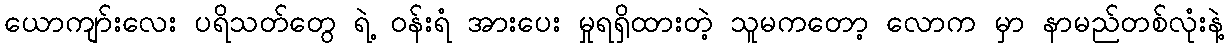
ယောကျာ်းလေး ပရိသတ်တွေ ရဲ့ ဝန်းရံ အားပေး မှုရရှိထားတဲ့ သူမကတော့ လောက မှာ နာမည်တစ်လုံးနဲ့